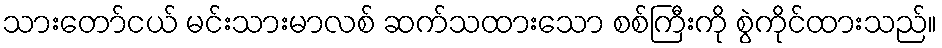
သားတော်ငယ် မင်းသားမာလစ် ဆက်သထားသော စစ်ကြီးကို စွဲကိုင်ထားသည်။